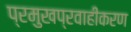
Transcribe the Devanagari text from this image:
प्रमुखप्रवाहीकरण